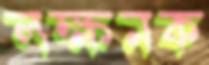
লক্ষনক